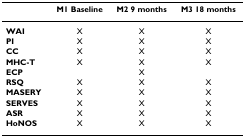
|  | M1 Baseline | M2 9 months | M3 18 months |
 | --- | --- | --- | --- |
 | WAI | X | X | X |
 | PI | X | X | X |
 | CC | X | X | X |
 | MHC-T | X | X | X |
 | ECP |  | X |  |
 | RSQ | X | X | X |
 | MASERY | X | X | X |
 | SERVES | X | X | X |
 | ASR | X | X | X |
 | HoNOS | X | X | X |